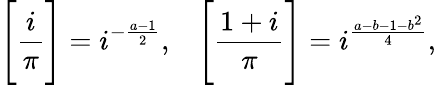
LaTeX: {\Bigg[}{\frac{i}{\pi}}{\Bigg]}=i^{-{\frac{a-1}{2}}},\; \; \; {\Bigg[}{\frac{1+i}{\pi}}{\Bigg]}=i^{\frac{a-b-1-b^{2}}{4}},